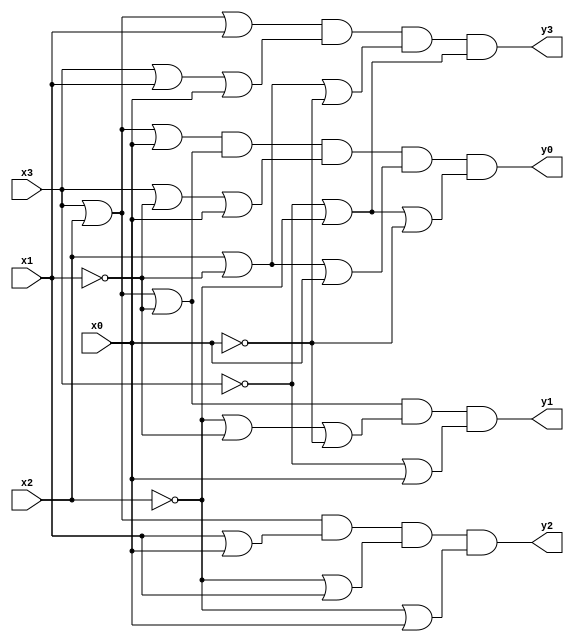
`timescale 1ns / 1ps
//////////////////////////////////////////////////////////////////////////////////
// Company: 
// Engineer: 
// 
// Design Name: 
// Module Name:    verilog1 
// Project Name: 
// Target Devices: 
// Tool versions: 
// Description: 
//
// Dependencies: 
//
// Revision: 
// Revision 0.01 - File Created
// Additional Comments: 
//
//////////////////////////////////////////////////////////////////////////////////
module verilog1(
    input x3,
    input x2,
    input x1,
    input x0,
    output y3,
    output y2,
    output y1,
    output y0
    );
	
	assign y0 = (x3||x2||x0) && (x3||x2||!x1) && (x3||!x1||x0) && (x2||!x1||x0) && (!x3||!x2||!x0);
	assign y1 = (x3||x2||!x1) && (!x2||!x1||!x0) && (!x3||x0);
	assign y2 = (x3||x2) && (x1||x0) && (!x2||x1) && (!x2||x0);
	assign y3 = (x3||x2||x1) && (x3||x1||x0) && (x2||!x1||!x0) && (!x3||!x2);
	
	/*
	always @(x3 or x2 or x1 or x0)
	begin
		y0 = (x3||x2||x0) && (x3||x2||!x1) && (x3||!x1||x0) && (x2||!x1||x0) && (!x3||!x2||!x0);
		y1 = (x3||x2||!x1) && (!x2||!x1||!x0) && (!x3||x0);
		y2 = (x3||x2) && (x1||x0) && (!x2||x1) && (!x2||x0);
		y3 = (x3||x2||x1) && (x3||x1||x0) && (x2||!x1||!x0) && (!x3||!x2);
	end
	*/
	
endmodule